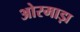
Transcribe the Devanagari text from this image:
ओरमाड़ा